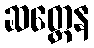
ဆတ္တေန